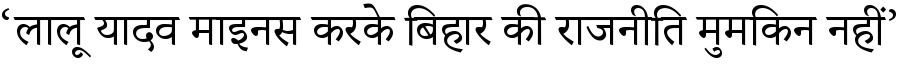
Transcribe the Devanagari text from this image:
‘लालू यादव माइनस करके बिहार की राजनीति मुमकिन नहीं’